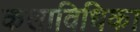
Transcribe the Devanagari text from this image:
कलाविधिका